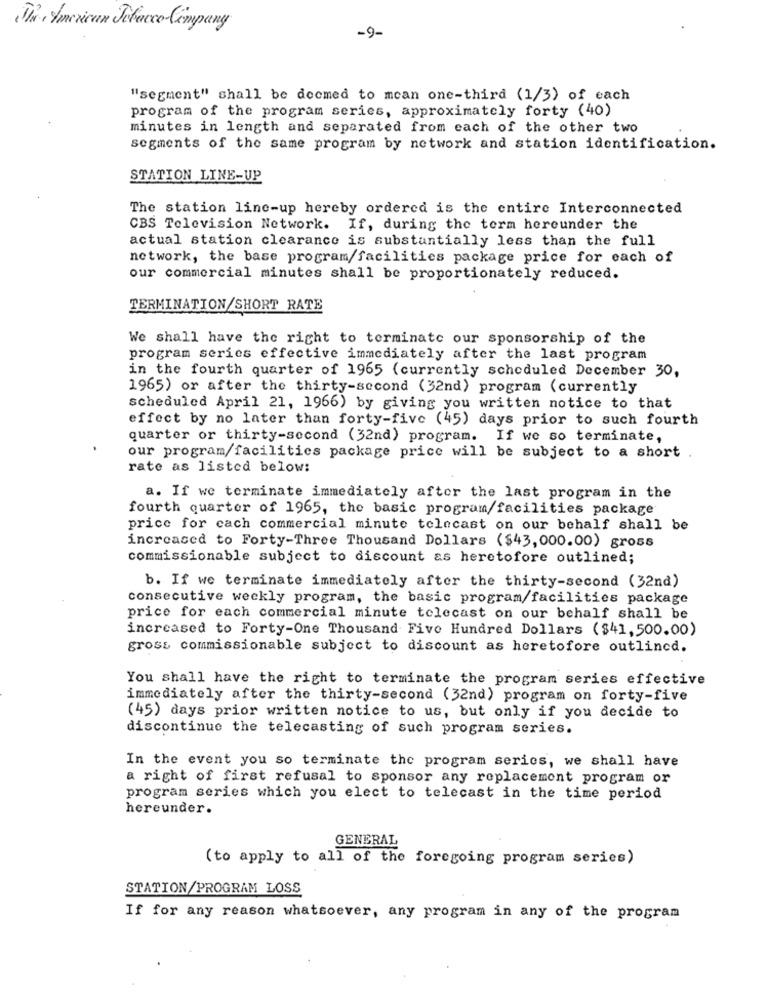
The American Tobacco Company
-9-
"segment" shall be deemed to mean one-third (1/3) of each
program of the program series, approximately forty (40)
minutes in length and separated from each of the other two
segments of the same program by network and station identification.
STATION LINE-UP
The station line-up hereby ordered is the entire Interconnected
CBS Television Network. If, during the term hereunder the
actual station clearance is substantially less than the full
network, the base program/facilities package price for each of
our commercial minutes shall be proportionately reduced.
TERMINATION/SHORT RATE
We shall have the right to terminate our sponsorship of the
program series effective immediately after the last program
in the fourth quarter of 1965 (currently scheduled December 30,
1965) or after the thirty-second (32nd) program (currently
scheduled April 21, 1966) by giving you written notice to that
effect by no later than forty-five (45) days prior to such fourth
quarter or thirty-second (32nd) program. If we so terminate,
our program/facilities package price will be subject to a short
rate as listed below:
a. If we terminate immediately after the last program in the
fourth quarter of 1965, the basic program/facilities package
price for cach commercial minute telecast on our behalf shall be
increased to Forty-Three Thousand Dollars ($43, 000.00) gross
commissionable subject to discount as heretofore outlined;
b. If we terminate immediately after the thirty-second (32nd)
consecutive weekly program, the basic program/facilities package
price for each commercial minute telecast on our behalf shall be
increased to Forty-One Thousand Five Hundred Dollars ($41,500.00)
gross commissionable subject to discount as heretofore outlined.
You shall have the right to terminate the program series effective
immediately after the thirty-second (32nd) program on forty-five
(45) days prior written notice to us, but only if you decide to
discontinue the telecasting of such program series.
In the event you so terminate the program series, we shall have
a right of first refusal to sponsor any replacement program or
program series which you elect to telecast in the time period
hereunder.
GENERAL
(to apply to all of the foregoing program series)
STATION/PROGRAM LOSS
If for any reason whatsoever, any program in any of the program